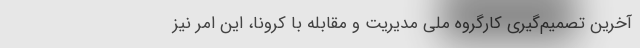
آخرین تصمیم‌گیری کارگروه ملی مدیریت و مقابله با کرونا، این امر نیز